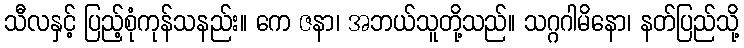
သီလနှင့် ပြည့်စုံကုန်သနည်း။ ကေ ဇနာ၊ အဘယ်သူတို့သည်။ သဂ္ဂဂါမိနော၊ နတ်ပြည်သို့